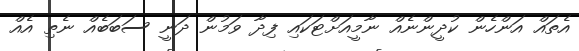
އެތައް އަންހެން ކުދީންނެއް ނާމީއަށްޓަކައި ފިދާ ވަމުން ދަނީ ސަބަބެއް ނެތި އެއް